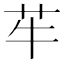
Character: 䒜